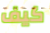
كيف